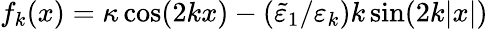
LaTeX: f_{k}(x)=\kappa\cos(2kx)-(\tilde{\varepsilon}_{1}/\varepsilon_{k})k\sin(2k|x|)